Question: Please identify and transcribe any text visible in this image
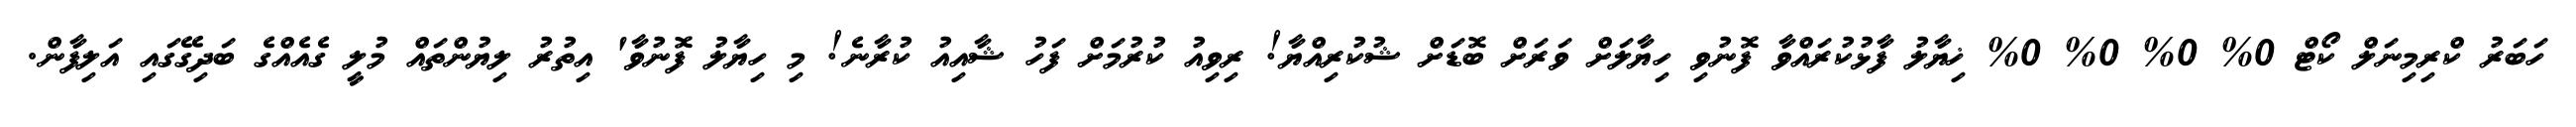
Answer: ހަބަރު ކްރިމިނަލް ކޯޓް 0% 0% 0% 0% ޚިޔާލު ފާޅުކުރައްވާ ފޮނުވި ހިޔާލަށް ވަރަށް ބޮޑަށް ޝުކުރިއްޔާ! ރިވިއު ކުރުމަށް ފަހު ޝާއިއު ކުރާނެ! މި ހިޔާލު ފޮނުވާ' އިތުރު ލިޔުންތައް މުލީ ގެއެއްގެ ބަދިގޭގައި އަލިފާން.